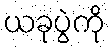
ယခုပွဲကို